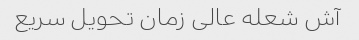
آش شعله عالی زمان تحویل سریع